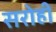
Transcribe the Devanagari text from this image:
सरोही